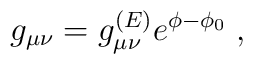
g_{\mu\nu} = g^{(E)}_{\mu\nu} e^{\phi - \phi_0} \; ,